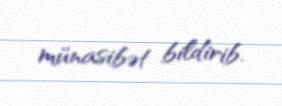
münasibət bildirib.